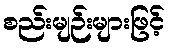
စည်းမျဉ်းများဖြင့်